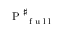
\mathrm { ~ P ~ } _ { \mathrm { ~ \tiny ~ f ~ u ~ l ~ l ~ } } ^ { \sharp }